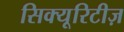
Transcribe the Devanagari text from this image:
सिक्यूरिटीज़